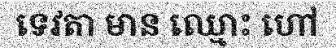
ទេវតា មាន ឈ្មោះ ហៅ